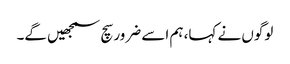
لوگوں نے کہا، ہم اسے ضرور سچ سمجھیں گے۔